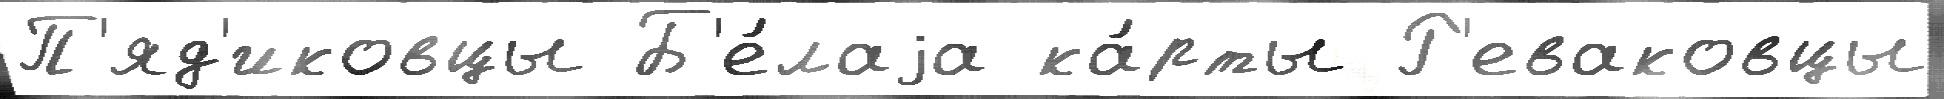
П'яд'иковцы Б'е́лаjа ка́рты Р'еваковцы